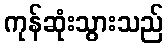
ကုန်ဆုံးသွားသည်